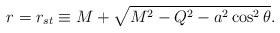
\begin{align*}r=r_{st}\equiv M+\sqrt{M^2-Q^2-a^2\cos^2\theta}.\end{align*}